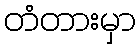
တံတားမှာ